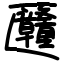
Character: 㔶